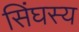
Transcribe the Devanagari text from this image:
सिंघस्य